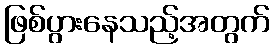
ဖြစ်ပွားနေသည့်အတွက်